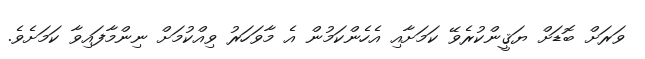
ވަރަށް ބޮޑަށް ޔަޤީންކުރެވޭ ކަމަށާއި އެހެންކަމުން އެ މާވަހަރު ވިއްކުމަށް ނިންމާފައިވާ ކަމަށެވެ.